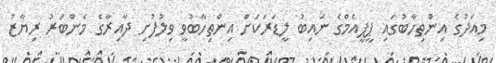
މިއަދުގެ އިންތިހާބުގައި ޕީޕީއެމްގެ ނައިބު ލީޑަރަކަށް އިންތިހާބުވީ ވިލުފުށި ދާއިރާގެ މެންބަރު ރިޔާޒު